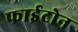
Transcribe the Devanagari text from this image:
फाईटोन